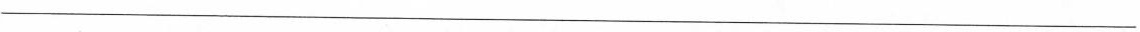
___